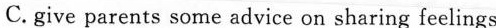
C.give parents some advice on sharing feelings